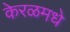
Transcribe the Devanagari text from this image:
केरळमधे